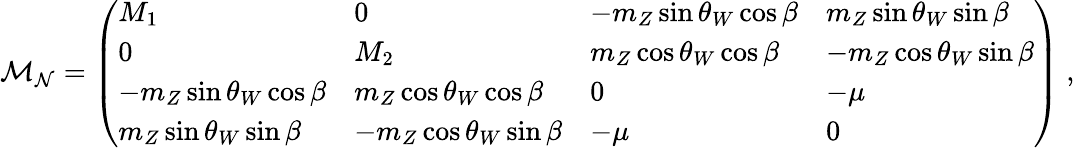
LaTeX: {\cal M}_{\cal N}=\left(\begin{array}{llll}{{M_{1}}}&{{0}}&{{-m_{Z}\sin\theta_{W}\cos\beta}}&{{m_{Z}\sin\theta_{W}\sin\beta}}\\ {{0}}&{{M_{2}}}&{{m_{Z}\cos\theta_{W}\cos\beta}}&{{-m_{Z}\cos\theta_{W}\sin\beta}}\\ {{-m_{Z}\sin\theta_{W}\cos\beta}}&{{m_{Z}\cos\theta_{W}\cos\beta}}&{{0}}&{{-\mu}}\\ {{m_{Z}\sin\theta_{W}\sin\beta}}&{{-m_{Z}\cos\theta_{W}\sin\beta}}&{{-\mu}}&{{0}}\end{array}\right)\; ,